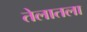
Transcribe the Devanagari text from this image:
तेलातला